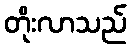
တိုးလာသည်